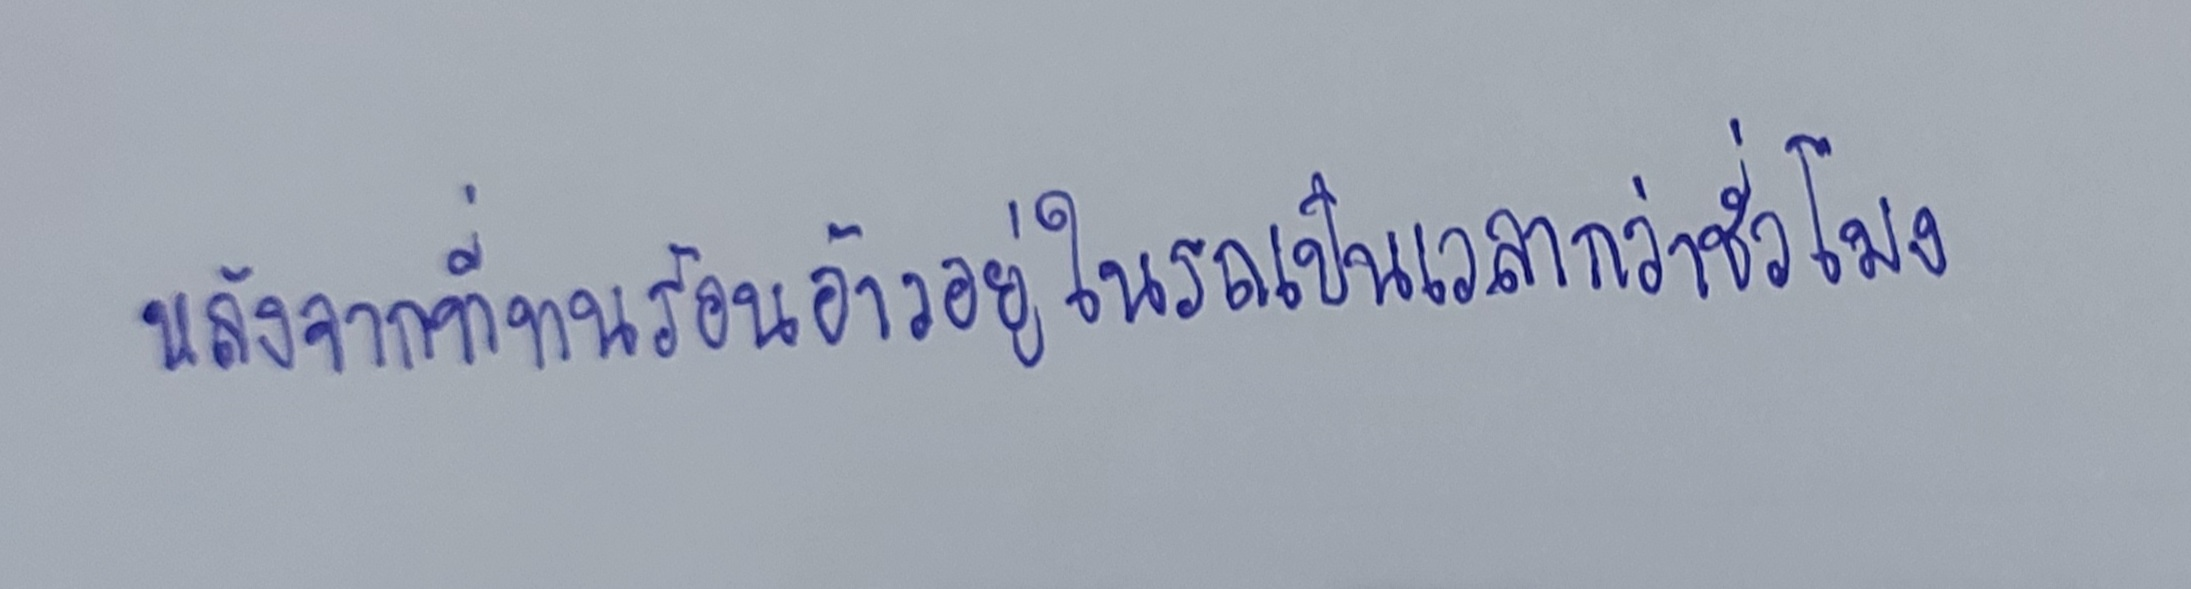
หลังจากที่ทนร้อนอ้าวอยู่ในรถมาเป็นเวลากว่าชั่วโมง